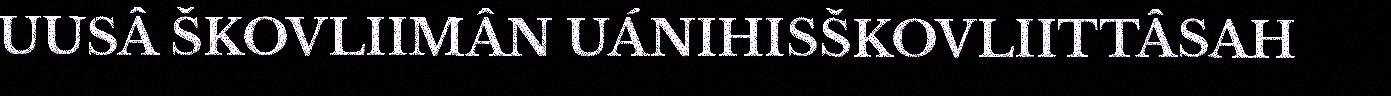
UUSÂ ŠKOVLIIMÂN UÁNIHISŠKOVLIITTÂSAH